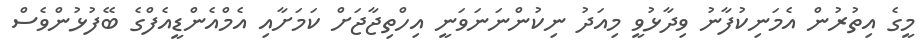
މީގެ އިތުރުން އެމަނިކުފާނު ވިދާޅުވީ މިއަދު ނިކުންނަނަވަނީ އިހްތިޖާޖަށް ކަމަށާއި އެމްއެންޑީއެފްގެ ބޭފުޅުންވެސް